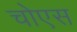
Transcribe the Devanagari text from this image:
चोएस